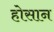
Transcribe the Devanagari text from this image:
होसान